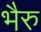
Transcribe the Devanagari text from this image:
भैरु